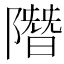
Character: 𨼐